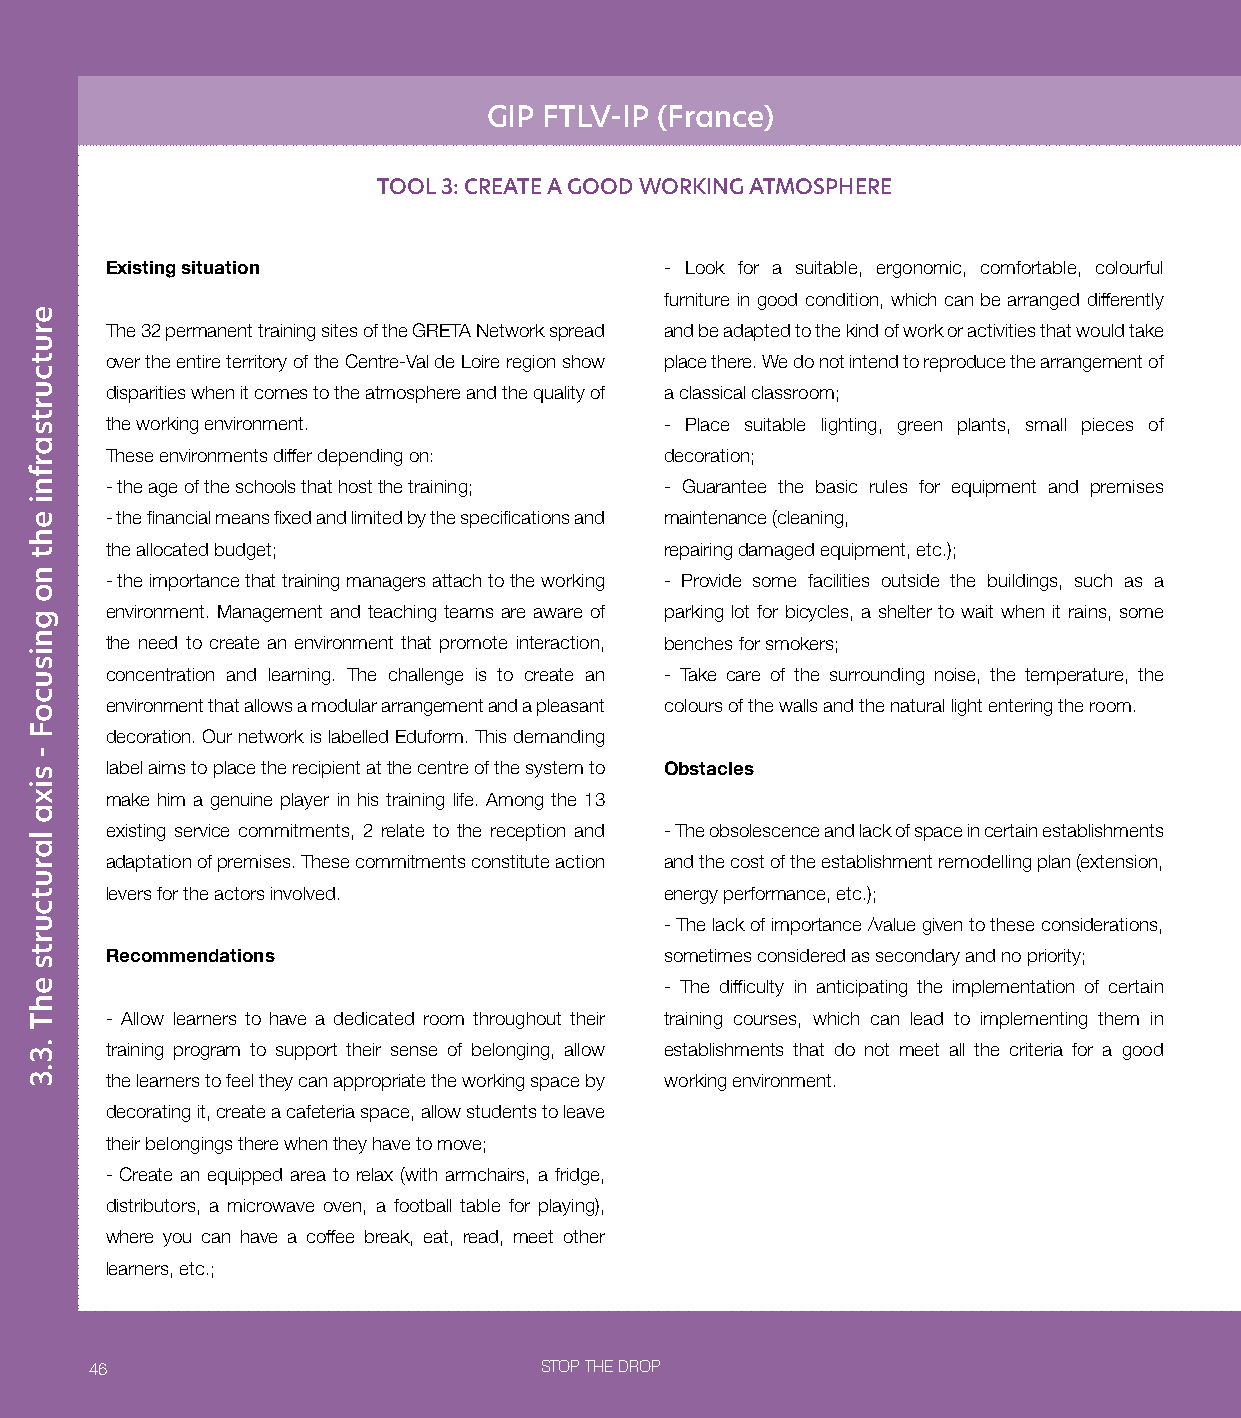
GIP FTLV-IP (France)
 TOOL 3: CREATE A GOOD WORKING ATMOSPHERE
 Existing situation                   - Look for a suitable, ergonomic, comfortable, colourful
 furniture in good condition, which can be arranged differently
 The 32 permanent training sites of the GRETA Network spread and be adapted to the kind of work or activities that would take
 over the entire territory of the Centre-Val de Loire region show place there. We do not intend to reproduce the arrangement of
 disparities when it comes to the atmosphere and the quality of a classical classroom;
 the working environment.             - Place suitable lighting, green plants, small pieces of
 These environments differ depending on: decoration;
 - the age of the schools that host the training; - Guarantee the basic rules for equipment and premises
 - the financial means fixed and limited by the specifications and maintenance (cleaning,
 the allocated budget;                repairing damaged equipment, etc.);
 - the importance that training managers attach to the working - Provide some facilities outside the buildings, such as a
 environment. Management and teaching teams are aware of parking lot for bicycles, a shelter to wait when it rains, some
 the need to create an environment that promote interaction, benches for smokers;
 concentration and learning. The challenge is to create an - Take care of the surrounding noise, the temperature, the
 environment that allows a modular arrangement and a pleasant colours of the walls and the natural light entering the room.
 decoration. Our network is labelled Eduform. This demanding
 label aims to place the recipient at the centre of the system to Obstacles
 make him a genuine player in his training life. Among the 13
 existing service commitments, 2 relate to the reception and - The obsolescence and lack of space in certain establishments
 adaptation of premises. These commitments constitute action and the cost of the establishment remodelling plan (extension,
 levers for the actors involved.      energy performance, etc.);
 - The lack of importance /value given to these considerations,
 Recommendations                      sometimes considered as secondary and no priority;
 - The difficulty in anticipating the implementation of certain
 - Allow learners to have a dedicated room throughout their training courses, which can lead to implementing them in
 training program to support their sense of belonging, allow establishments that do not meet all the criteria for a good
 the learners to feel they can appropriate the working space by working environment.
 decorating it, create a cafeteria space, allow students to leave
 their belongings there when they have to move;
 - Create an equipped area to relax (with armchairs, a fridge,
 distributors, a microwave oven, a football table for playing),
 where you can have a coffee break, eat, read, meet other
 learners, etc.;
 46                            STOP THE DROP
 erutcurtsarfni
 eht
 no
 gnisucoF
 -
 sixa
 larutcurts
 ehT
 .3.3
 erutcurtsarfni
 eht
 no
 gnisucoF
 -
 sixa
 larutcurts
 ehT
 .3.3